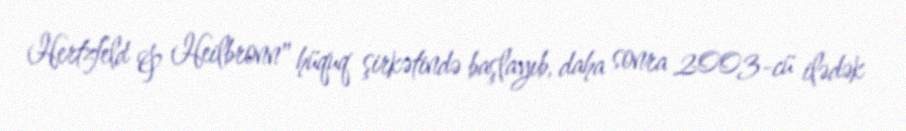
Hertzfeld & Heilbronn" hüquq şirkətində başlayıb, daha sonra 2003-cü ilədək